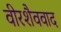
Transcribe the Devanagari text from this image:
वीरशैववाद